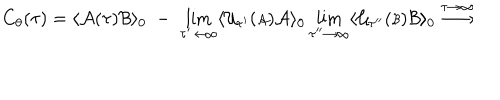
C _ { \theta } ( \tau ) = \langle { \cal A } ( \tau ) { \cal B } \rangle _ { 0 } \; - \; \lim _ { \tau ^ { \prime } \rightarrow \infty } \langle { \cal U } _ { \tau ^ { \prime } } ( { \scriptstyle { \cal A } } ) { \cal A } \rangle _ { 0 } \lim _ { \tau ^ { \prime \prime } \rightarrow \infty } \langle { \cal U } _ { \tau ^ { \prime \prime } } ( { \scriptstyle { \cal B } } ) { \cal B } \rangle _ { 0 } \stackrel { \tau \rightarrow \infty } { \longrightarrow }